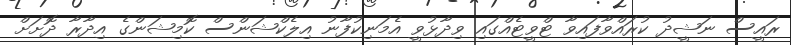
ރައީސް ނަޝީދު ކުރައްވާފައިވާ ޓްވީޓެއްގައި ވިދާޅުވީ އެމަނިކުފާނު އިލެކްޝަންސް ކޮމިޝަންގެ އިދާރާ ދޮށަށް